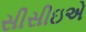
સીસીઇએ